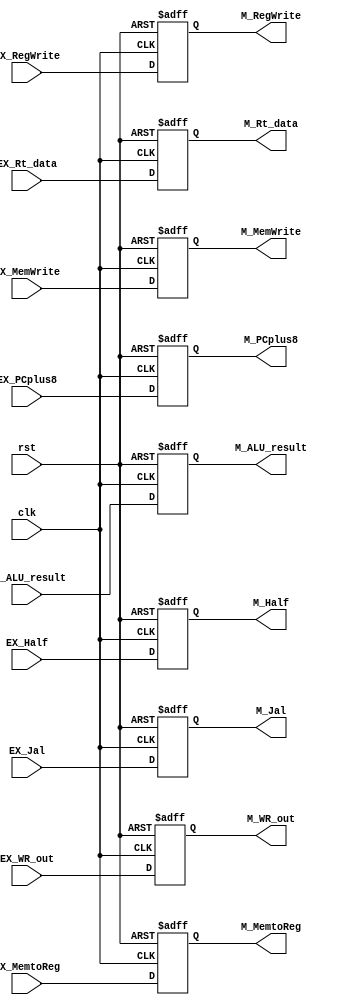
// EX_M

module EX_M ( clk,
			  rst,
			  // input
			  // WB
			  EX_MemtoReg,
			  EX_RegWrite,
			  // M
			  EX_MemWrite,
			  // write your code in here
			  EX_Half,
			  EX_Jal,
			  // pipe
			  EX_ALU_result,
			  EX_Rt_data,
			  EX_PCplus8,
			  EX_WR_out,
			  // output
			  // WB
			  M_MemtoReg,
			  M_RegWrite,
			  // M
			  M_MemWrite,
			  // write your code in here
			  M_Half,
			  M_Jal,
			  // pipe
			  M_ALU_result,
			  M_Rt_data,
			  M_PCplus8,
			  M_WR_out
			  );

	parameter pc_size = 18;
	parameter data_size = 32;

	input clk, rst;

	// WB
	input EX_MemtoReg;
    input EX_RegWrite;
    // M
    input EX_MemWrite;
	// write your code in here
	input EX_Half;
	input EX_Jal;
	// pipe
	input [data_size-1:0] EX_ALU_result;
    input [data_size-1:0] EX_Rt_data;
    input [pc_size-1:0] EX_PCplus8;
    input [4:0] EX_WR_out;

	// WB
	output M_MemtoReg;
	output M_RegWrite;
	// M
	output M_MemWrite;
	// write your code in here
	output M_Half;
	output M_Jal;
	// pipe
	output [data_size-1:0] M_ALU_result;
	output [data_size-1:0] M_Rt_data;
	output [pc_size-1:0] M_PCplus8;
	output [4:0] M_WR_out;

	// write your code in here
	// WB
	reg M_MemtoReg;
	reg M_RegWrite;
	// M
	reg M_MemWrite;
	reg M_Half;
	reg M_Jal;
	// pipe
	reg [data_size-1:0] M_ALU_result;
	reg [data_size-1:0] M_Rt_data;
	reg [pc_size-1:0] M_PCplus8;
	reg [4:0] M_WR_out;

	always@(negedge clk, posedge rst)
	begin
		if(rst)
		begin
			M_MemtoReg	<= 0;
			M_RegWrite	<= 0;
			// M
			M_MemWrite	<= 0;
			M_Half		<= 0;
			M_Jal		<= 0;
			// pipe
			M_ALU_result<= 32'b0;
			M_Rt_data	<= 32'b0;
			M_PCplus8	<= 18'b0;
			M_WR_out	<= 5'b0;
		end
		else
		begin
			M_MemtoReg	<= EX_MemtoReg;
			M_RegWrite	<= EX_RegWrite;
			// M
			M_MemWrite	<= EX_MemWrite;
			M_Half		<= EX_Half;
			M_Jal		<= EX_Jal;
			// pipe
			M_ALU_result<= EX_ALU_result;
			M_Rt_data	<= EX_Rt_data;
			M_PCplus8	<= EX_PCplus8;
			M_WR_out	<= EX_WR_out;
		end
	end
endmodule